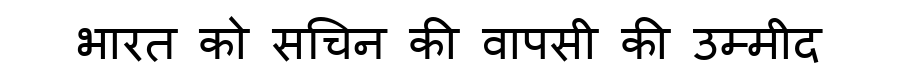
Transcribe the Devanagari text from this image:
भारत को सचिन की वापसी की उम्मीद